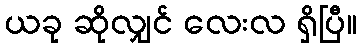
ယခု ဆိုလျှင် လေးလ ရှိပြီ။